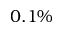
0 . 1 \%